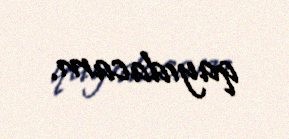
qayıdacam.